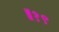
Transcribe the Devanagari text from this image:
॥१९